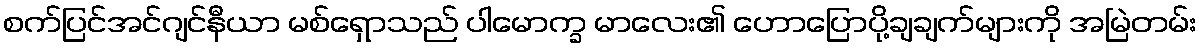
စက်ပြင်အင်ဂျင်နီယာ မစ်ရှောသည် ပါမောက္ခ မာလေး၏ ဟောပြောပို့ချချက်များကို အမြဲတမ်း